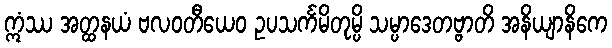
ဣံဿ အတ္ထနယံ ဗလဝတီယေဝ ဥပသင်္ကမိတုမ္ပိ သမ္ပာဒေတဗ္ဗာတိ အနိယျာနိကေ